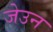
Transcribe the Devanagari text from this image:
जेउन